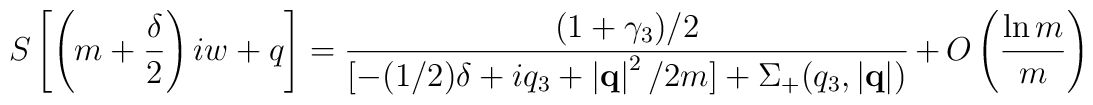
S\left[\left(m+\frac{\delta}{2}\right)iw+q \right] = \frac{(1+\gamma_3)/2}{ [ -(1/2) \delta+iq_3+  \left|{\bf q}\right|^2 / 2m ] + \Sigma_{+}(q_3,\left|{\bf q}\right|)} \,  + \, O\left(\frac{\ln m}{m}\right)